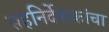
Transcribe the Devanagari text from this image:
सहनिर्देशकांचा